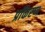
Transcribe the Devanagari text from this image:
प्रकिरण